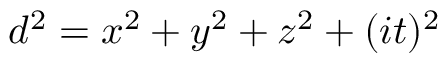
d ^ { 2 } = x ^ { 2 } + y ^ { 2 } + z ^ { 2 } + ( i t ) ^ { 2 }